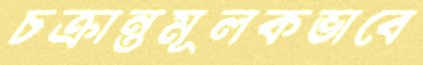
চক্রান্তমূলকভাবে